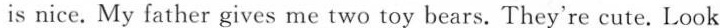
is nice. My father gives me two toy bears. They're cute.Look